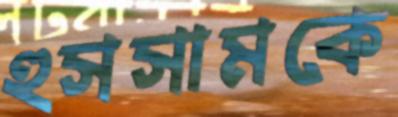
হুসসামকে